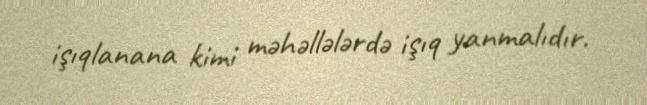
işıqlanana kimi məhəllələrdə işıq yanmalıdır.